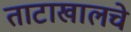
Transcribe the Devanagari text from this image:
ताटाखालचे